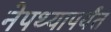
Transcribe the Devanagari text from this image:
नेपथ्यापर्यंत